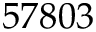
5 7 8 0 3